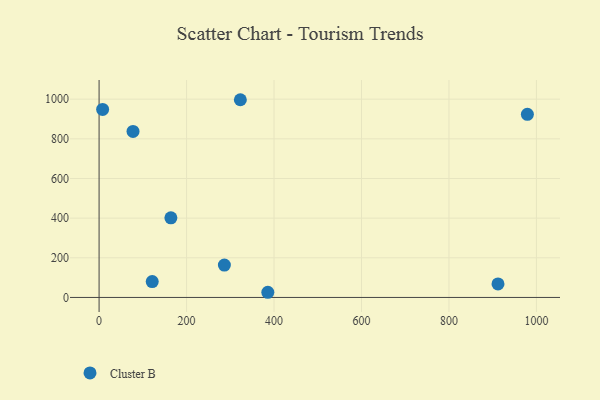
{"axis": {"x": "Investment", "y": "Sales"}, "legend": ["Cluster B"], "data": [{"x": "385.8", "y": 26.1, "type": "Cluster B"}, {"x": "164.2", "y": 401.6, "type": "Cluster B"}, {"x": "323.0", "y": 997.2, "type": "Cluster B"}, {"x": "77.6", "y": 837.5, "type": "Cluster B"}, {"x": "8.1", "y": 948.1, "type": "Cluster B"}, {"x": "979.3", "y": 923.4, "type": "Cluster B"}, {"x": "912.1", "y": 68.3, "type": "Cluster B"}, {"x": "121.5", "y": 80.0, "type": "Cluster B"}, {"x": "286.5", "y": 163.2, "type": "Cluster B"}]}